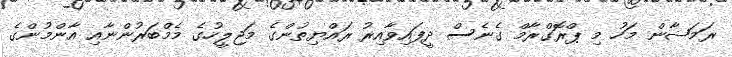
ރަމަޟާން މަހު މި ޕްރޮގްރާމް ގެނެސް ދީފައިވާއިރު ރައްޔިތުންގެ މަޖިލީހުގެ މެމްބަރުންނާއި އާންމުންގެ